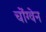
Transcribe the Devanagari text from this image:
चोंग्वेन